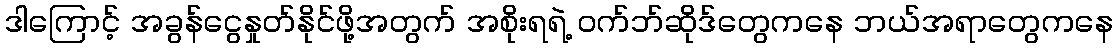
ဒါကြောင့် အခွန်ငွေနှုတ်နိုင်ဖို့အတွက် အစိုးရရဲ့ ဝက်ဘ်ဆိုဒ်တွေကနေ ဘယ်အရာတွေကနေ